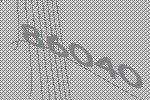
86040